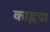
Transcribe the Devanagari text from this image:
काह्नपा